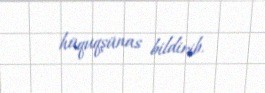
hüquqşünas bildirib.